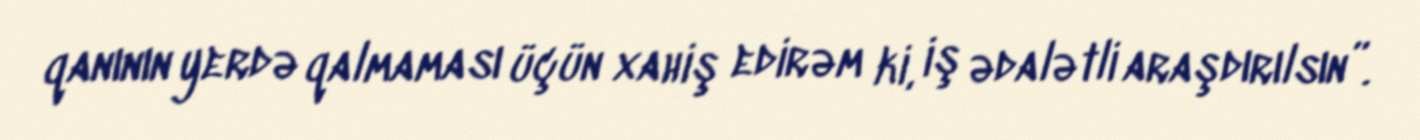
qanının yerdə qalmaması üçün xahiş edirəm ki, iş ədalətli araşdırılsın”.